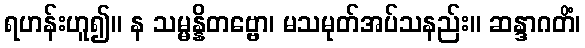
ရဟန်းဟူ၍။ န သမ္မန္နိတဗ္ဗော၊ မသမုတ်အပ်သနည်း။ ဆန္ဒာဂတိံ၊